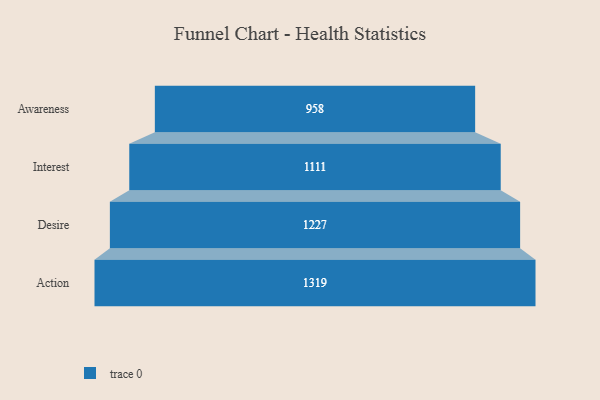
{"axis": {"x": "Stage", "y": "Value"}, "legend": [""], "data": [{"x": "Awareness", "y": 958.0, "type": ""}, {"x": "Interest", "y": 1111.0, "type": ""}, {"x": "Desire", "y": 1227.0, "type": ""}, {"x": "Action", "y": 1319.0, "type": ""}]}